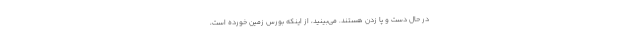
در حال دست و پا زدن هستند. می‌بینید، از اینکه بورس زمین خورده است،